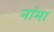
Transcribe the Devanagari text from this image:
नांमा